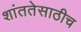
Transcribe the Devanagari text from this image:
शांततेसाठीच